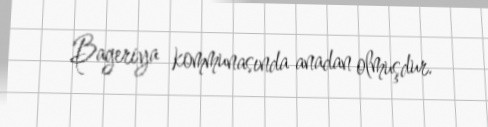
Bageriya kommunasında anadan olmuşdur.